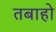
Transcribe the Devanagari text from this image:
तबाहो